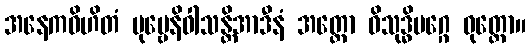
အနေကဝိဟိတံ ပုဗ္ဗေနိဝါသန္တိအာဒီနံ အတ္ထော ဝိသုဒ္ဓိမဂ္ဂေ ဝုတ္တော။